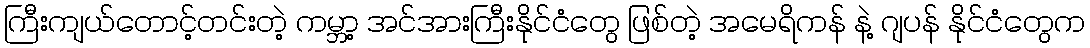
ကြီးကျယ်တောင့်တင်းတဲ့ ကမ္ဘာ့ အင်အားကြီးနိုင်ငံတွေ ဖြစ်တဲ့ အမေရိကန် နဲ့ ဂျပန် နိုင်ငံတွေက